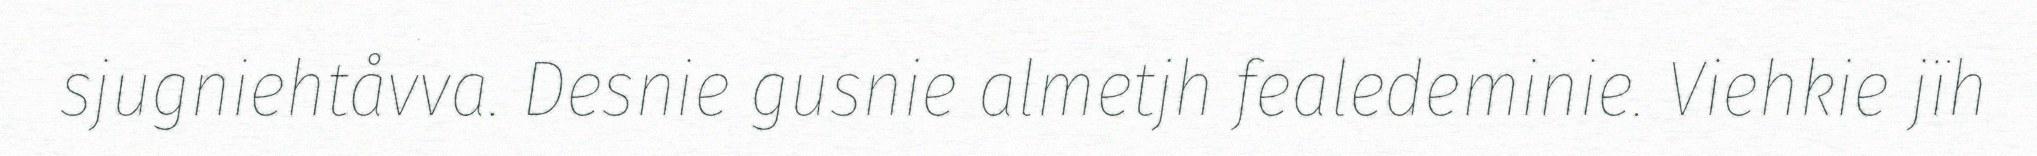
sjugniehtåvva. Desnie gusnie almetjh fealedeminie. Viehkie jïh